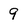
Character: 9